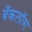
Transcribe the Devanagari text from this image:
बॅकलॉग